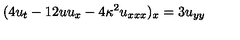
( 4 u _ { t } - 1 2 u u _ { x } - 4 \kappa ^ { 2 } u _ { x x x } ) _ { x } = 3 u _ { y y }